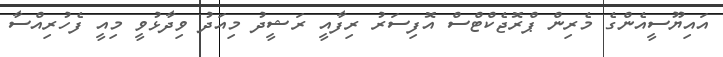
އައިޔޫސީއެންގެ މެރިން ޕްރޮޖެކްޓްސް އޮފިސަރު ރިފާއީ ރަޝީދު މިއަދު ވިދާޅުވީ މިއީ ފެހުރިއްސާ